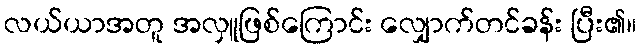
လယ်ယာအတူ အလှူဖြစ်ကြောင်း လျှောက်တင်ခန်း ပြီး၏။